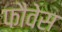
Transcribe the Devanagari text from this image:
फौवेस